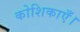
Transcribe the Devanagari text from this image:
कोशिकाएँ।